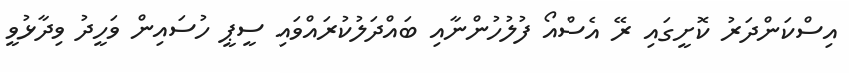
އިސްކަންދަރު ކޮށީގައި ރޭ އެސްއޯ ފުލުހުންނާއި ބައްދަލުކުރައްވައި ސީޕީ ހުސައިން ވަހީދު ވިދާޅުވީ